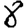
Digit: 8